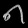
Digit: ၈